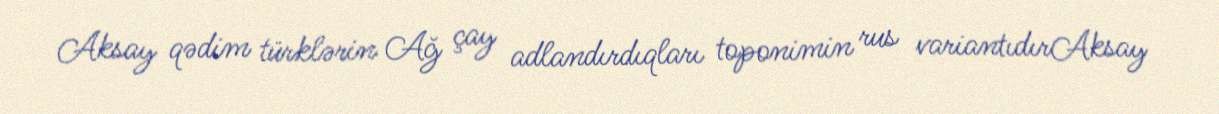
Aksay qədim türklərin Ağ çay adlandırdıqları toponimin rus variantıdırAksay